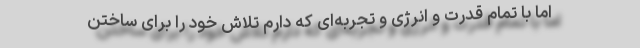
اما با تمام قدرت و انرژی و تجربه‌ای که دارم تلاش خود را برای ساختن